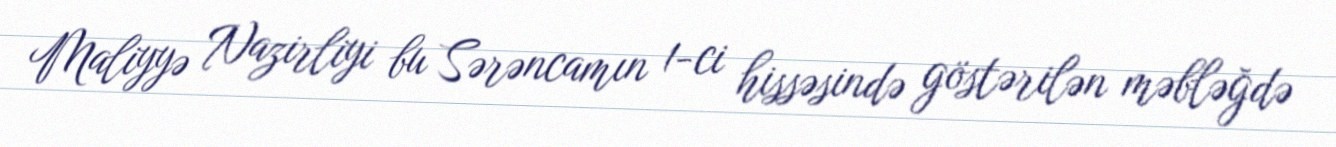
Maliyyə Nazirliyi bu Sərəncamın 1-ci hissəsində göstərilən məbləğdə